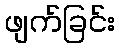
ဖျက်ခြင်း